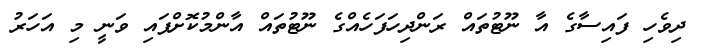
ދިވެހި ފައިސާގެ އާ ނޫޓުތައް ރަންދިހަފަހެއްގެ ނޫޓުތައް އާންމުކޮށްފައި ވަނީ މި އަހަރު